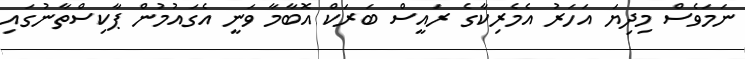
ނަމަވެސް މިދިޔަ އަހަރު އެމެރިކާގެ ރައީސް ބަރަކް އޮބާމާ ވަނީ އެގައުމުން ޕާކިސްތާނުގައި